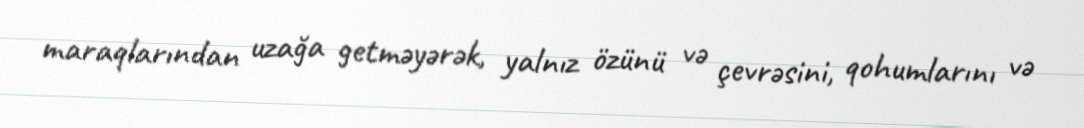
maraqlarından uzağa getməyərək, yalnız özünü və çevrəsini, qohumlarını və